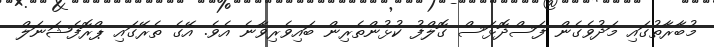
މުބާރާތުގައި މަދުވެގެން ފަސްދޮޅަސް ގޮލްފު ކުޅުންތެރިން ބައިވެރިވާނެ އެވެ. އޭގެ ތެރޭގައި ޕްރޮފެޝަނަލް